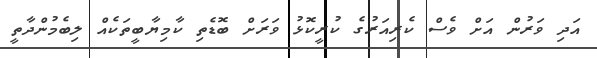
އަދި ވަރުން އަށް ވެސް ކެރިއަރުގެ ކުރީކޮޅު ވަރަށް ބޮޑެތި ކާމިޔާބީތަކެއް ލިބެމުންދާތީ